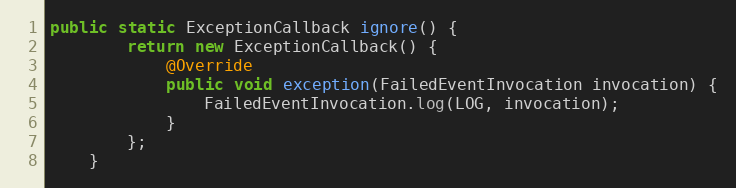
Language: Java
public static ExceptionCallback ignore() {
        return new ExceptionCallback() {
            @Override
            public void exception(FailedEventInvocation invocation) {
                FailedEventInvocation.log(LOG, invocation);
            }
        };
    }